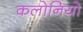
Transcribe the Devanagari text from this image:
कलोनियो